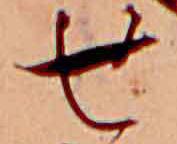
せ